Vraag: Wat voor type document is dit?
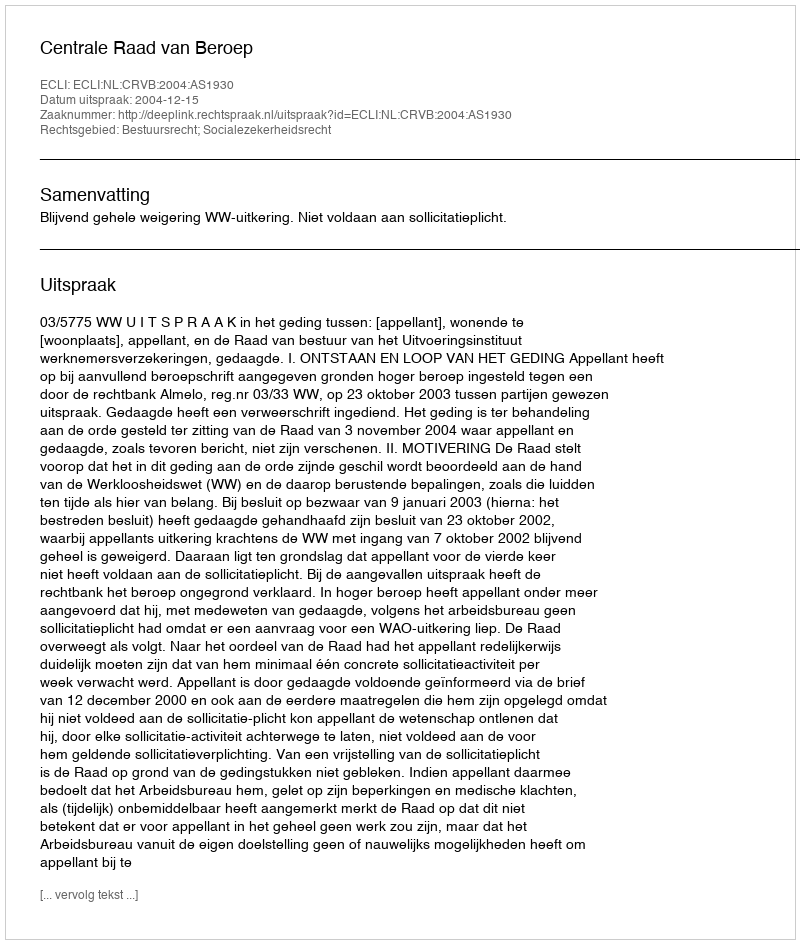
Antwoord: Uitspraak